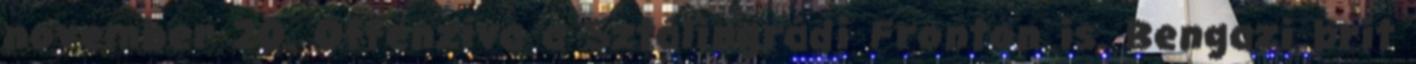
november 20. Offenzíva a Sztálingrádi Fronton is. Bengazi brit